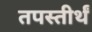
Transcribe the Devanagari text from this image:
तपस्तीर्थं